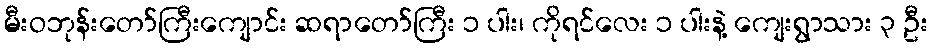
မီးဝဘုန်းတော်ကြီးကျောင်း ဆရာတော်ကြီး ၁ ပါး၊ ကိုရင်လေး ၁ ပါးနဲ့ ကျေးရွာသား ၃ ဦး